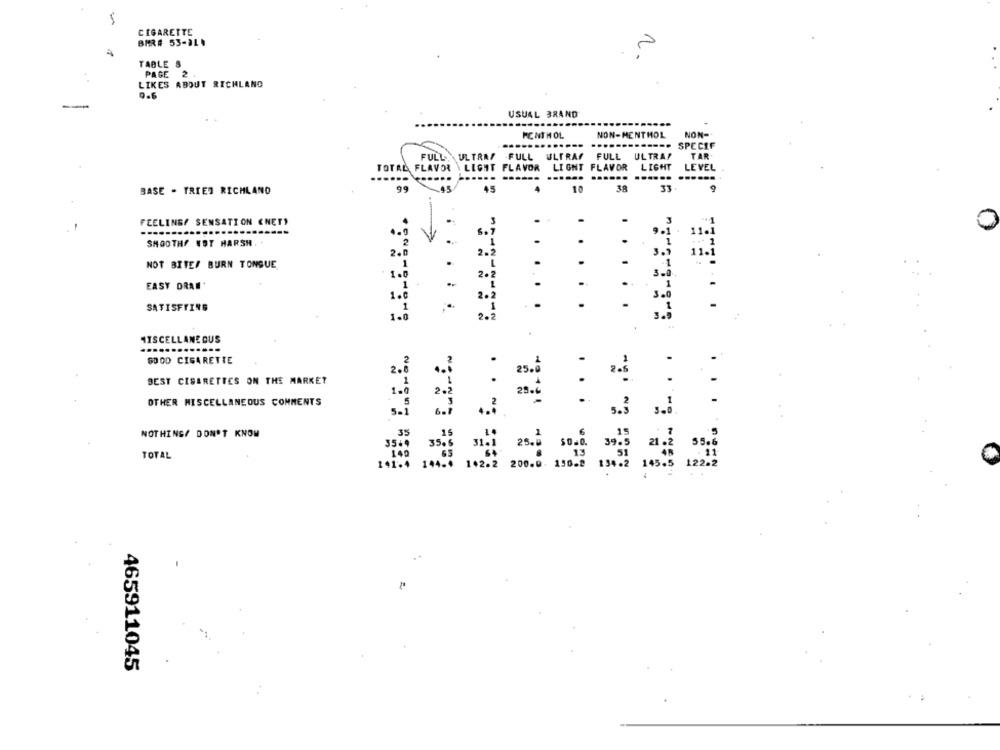
CIGARETTE
BAR# 53-31.
2
TABLE &
PAGE 2
. .
LIKES ABOUT RICHLAND
9.6
USUAL BRAND
MONTH OL.
NON-MENTHOL
NON-
....--
---. SPECIF
FULL
ULTRAS FULL ULTRAF
FULL
ULTRA!
TAR
LIGHT
TOTAL FLAVOR \LIGHT FLAVOR LIGHT FLAVOR
LEVEL
..
....
45
10
38
33
BASE - TRIED RICHLAND
FEELINGF SENSATION (NET)
..
0
6.7
.
11.]
SMOOTHS NOT HARSH
1
2.
2.2
3.
11.1
NOT BITES BURN TONGUE
.
.
1
1.0
2.2
3.0
EASY DRAN*
.
..
1.6
2.2
SATISFYINS
....
1-0
2.3
MISCELLANEOUS
BE: .. . .
GOOD CIGARETTE
2.8
BEST CISERETTES ON THE MARKET
:
2.2
OTHER MISCELLANEOUS COMMENTS
-
s.3 3 ..
NOTHING/ DON'T KNOW
TOTAL
465911045